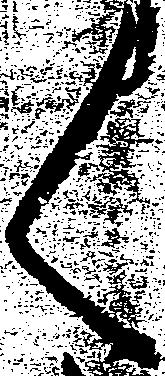
く